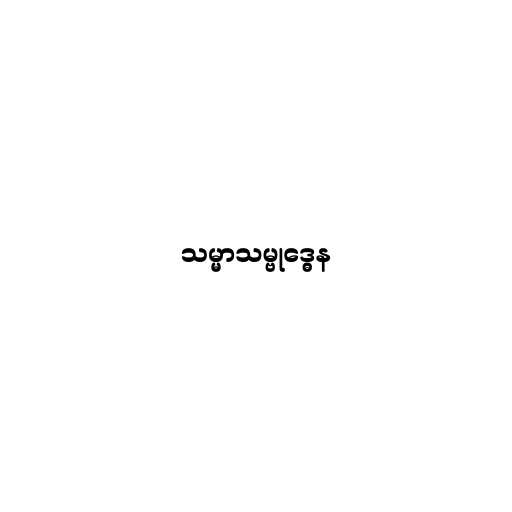
သမ္မာသမ္ဗုဒ္ဓေန